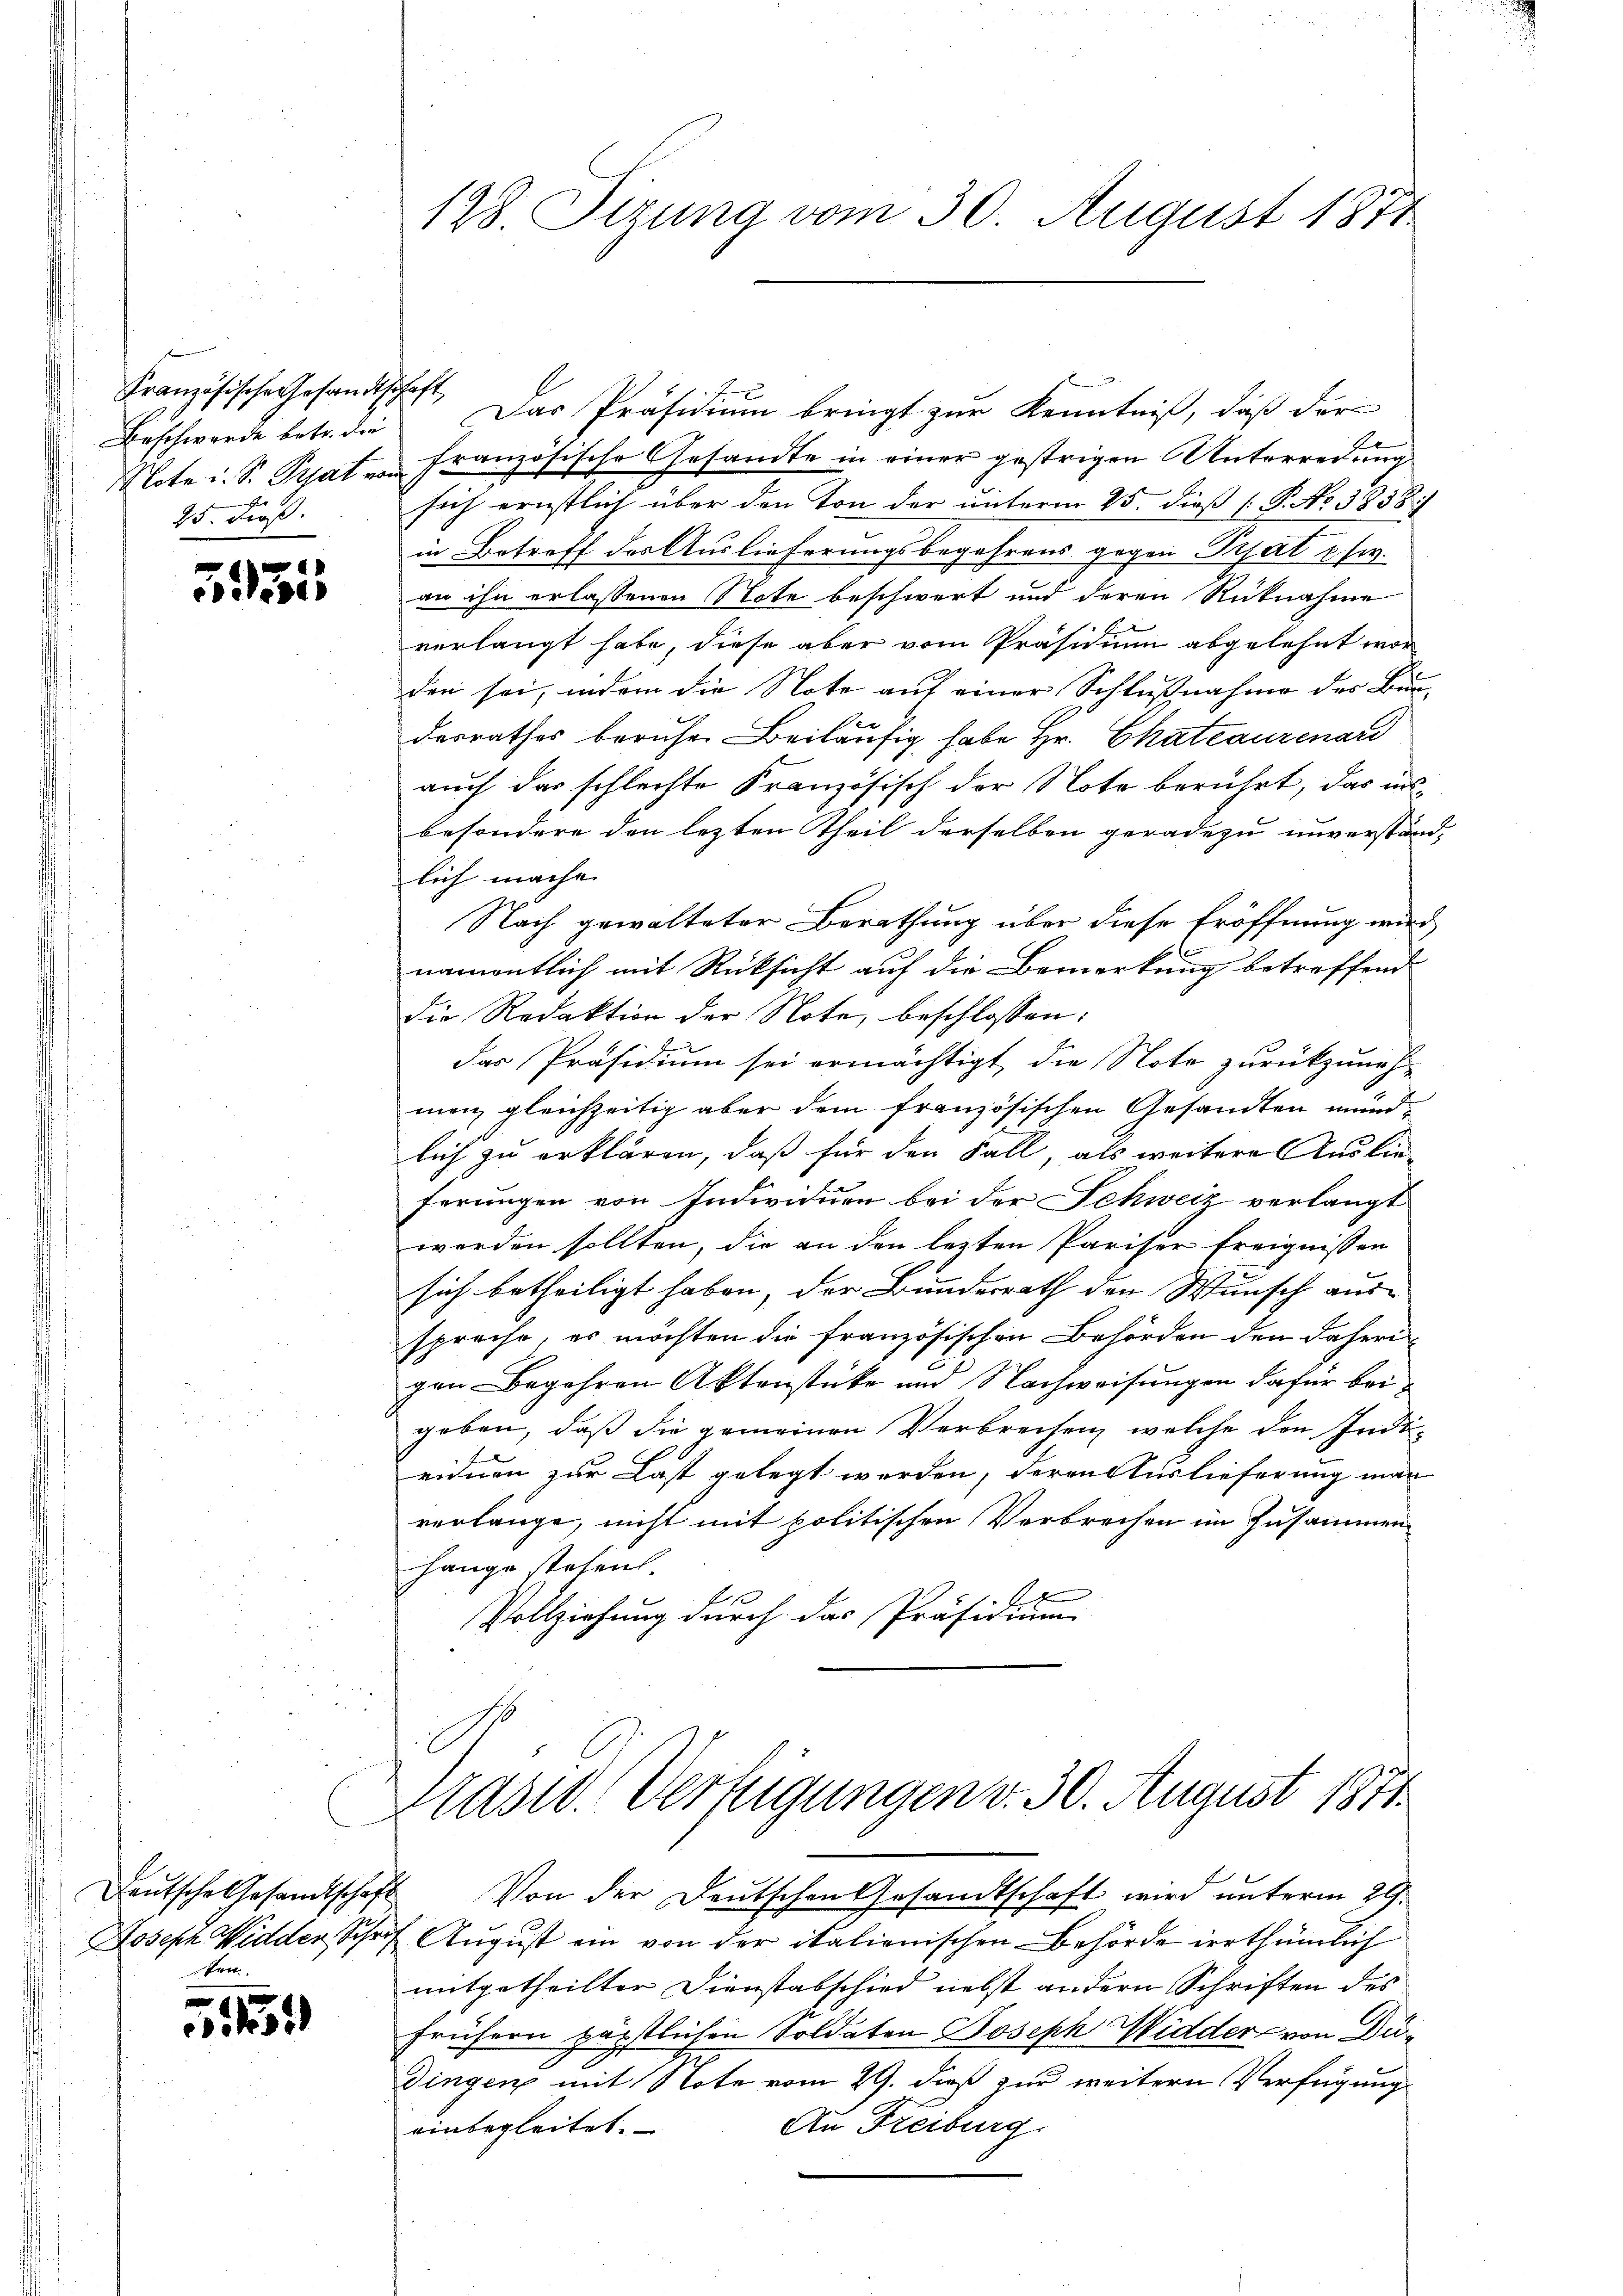
Beschwerde betr. die
25. Froß.

555

ten.

x
51

Französische Gesandtschaft. Das Präsidium bringt zur Kenntniß, daß der
Note u. S. Prat v. Französische Gesandte in einer gestrigen Unterredung
sich ernstlich über den Ton der unterm 25. dieß (P. No 3958.
in Betroff der Auslieferungsbegehrens gegen Pisart u. fr.
an ihn erlassenen Note beschwert und deren Rücknahme
verlangt habe, diese aber vom Präsidium abgelehnt wor
den sei, indem die Note auf einer Schlußnahme der Bunx
desrathes beruhen Beiläufig habe Hr. Chateaurenard
auch das schlechte Französisch der Note berührt, das ins
besondere den lezten Theil derselben geradezu unverstänlich mache.
Nach gewalteter Berathung über diese Eröffnung wir
b
namentlich mit Rücksicht auf die Bemerkung betreffend
Die Redaktion der Note, beschlossen:
das Präsidium sei ermächtigt, die Note zurückzuneh-
men gleichzeitig aber dem französischen Gesandten mund-
lich zu erklären, daß für den Fall, als weitere Auslie
ferungen von Individuen bei der Schweiz verlangt
worden sollten, die an den lezten Pariser freignissen
sich betheiligt haben, der Bundesrath den Wunsch aus-
spreche, es möchten die französischen Behörden den daherigen Begehren Aktenstücke und Nachweisungen dafür beigeben, daß die gemeinen Verbrechen, welche den Indieidnen zur Last gelegt werden, deren Auslieferung man
verlange, nicht mit politischen Verbrechen im Zusammen
hange Tosen-
Vollziehung durch das Präsidium
Präsid. Verfügungen v. 30. August 1871.
Deŭtsche Gesandtschaft Von der Deutschen Gesandtschaft wird ŭnterm 29.
Joseph Widder, Schrift August ein von der italienischen Behörde irrthümlich
mitgetheilter Dienstabschied nebst andern Schriften des
frühern päpstlichen Soldaten Joseph Widder, von Didingen mit Note vom 29. dieß zur weitern Verfügung
An Freiburg
einbegleitet.

128. Sizung vom 30. August 1871